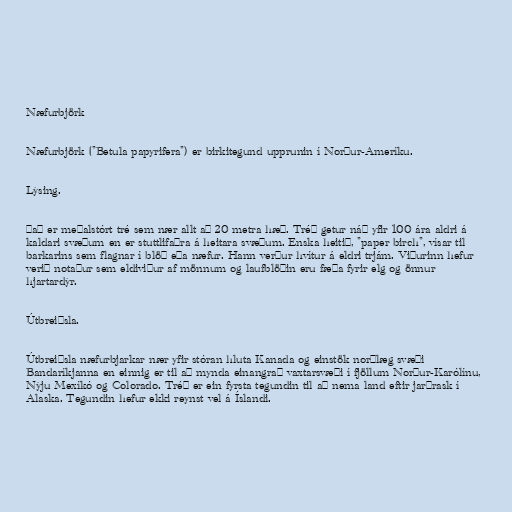
Næfurbjörk

Næfurbjörk ("Betula papyrifera") er birkitegund upprunin í Norður-Ameríku.

Lýsing.

Það er meðalstórt tré sem nær allt að 20 metra hæð. Tréð getur náð yfir 100 ára aldri á
kaldari svæðum en er stuttlifaðra á heitara svæðum. Enska heitið, "paper birch", vísar til
barkarins sem flagnar í blöð eða næfur. Hann verður hvítur á eldri trjám. Viðurinn hefur
verið notaður sem eldiviður af mönnum og laufblöðin eru fæða fyrir elg og önnur
hjartardýr.

Útbreiðsla.

Útbreiðsla næfurbjarkar nær yfir stóran hluta Kanada og einstök norðlæg svæði
Bandaríkjanna en einnig er til að mynda einangrað vaxtarsvæði í fjöllum Norður-Karólínu,
Nýju Mexíkó og Colorado. Tréð er ein fyrsta tegundin til að nema land eftir jarðrask í
Alaska. Tegundin hefur ekki reynst vel á Íslandi.